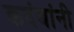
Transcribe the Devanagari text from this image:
कदंबांनी